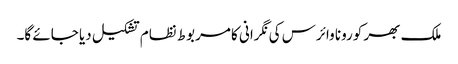
ملک بھر کورونا وائرس کی نگرانی کا مربوط نظام تشکیل دیا جائے گا۔